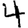
Digit: 4